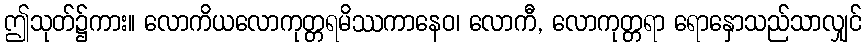
ဤသုတ်၌ကား။ လောကိယလောကုတ္တရမိဿကာနေဝ၊ လောကီ, လောကုတ္တရာ ရောနှောသည်သာလျှင်